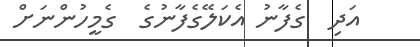
އަދި  ގެފާނު އެކަލޭގެފާނުގެ  ގެމީހުންނަށް